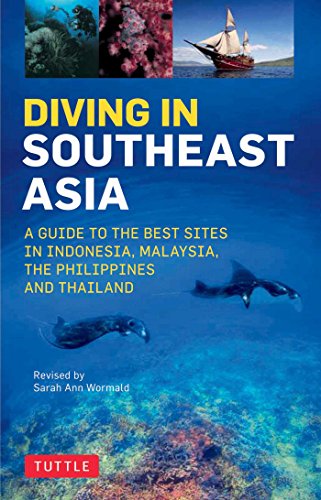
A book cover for Diving in Southeast Asia: A Guide to the Best Sites in Indonesia, Malaysia, the Philippines and Thailand (Periplus Action Guides); Sarah Ann Wormald; Travel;